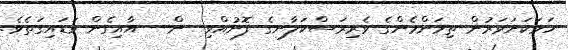
ހަމަކަށަވަރުން ތިމަންމެންގެ ވެރިރަސްކަލާނގެ ފޮނުއްވި  ން   އާއިގެން ވަޑައިގަތެވެ.